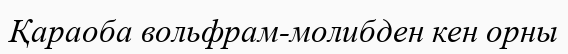
Қараоба вольфрам-молибден кен орны